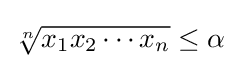
{\sqrt[{n}]{x_{1}x_{2}\cdots x_{n}}}\leq \alpha